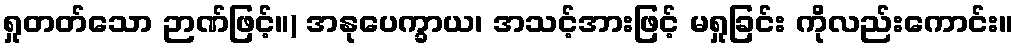
ရှုတတ်သော ဉာဏ်ဖြင့်။) အနုပေက္ခာယ၊ အသင့်အားဖြင့် မရှုခြင်း ကိုလည်းကောင်း။